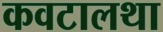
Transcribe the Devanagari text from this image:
कवटालथा